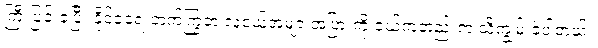
ကြီးပြင်းခဲ့ပြီး နိုင်ငံရေးတက်ကြွတဲ့ လူငယ်အများအပြားကို ငယ်ကတည်းက သိကျွမ်းခဲ့ပါတယ်။